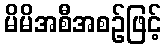
မိမိအစီအစဉ်ဖြင့်